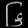
Digit: ၆